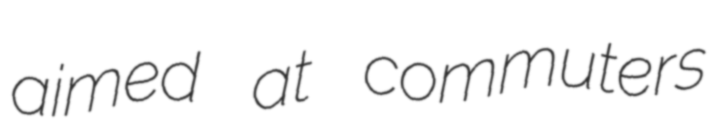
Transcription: aimed at commuters